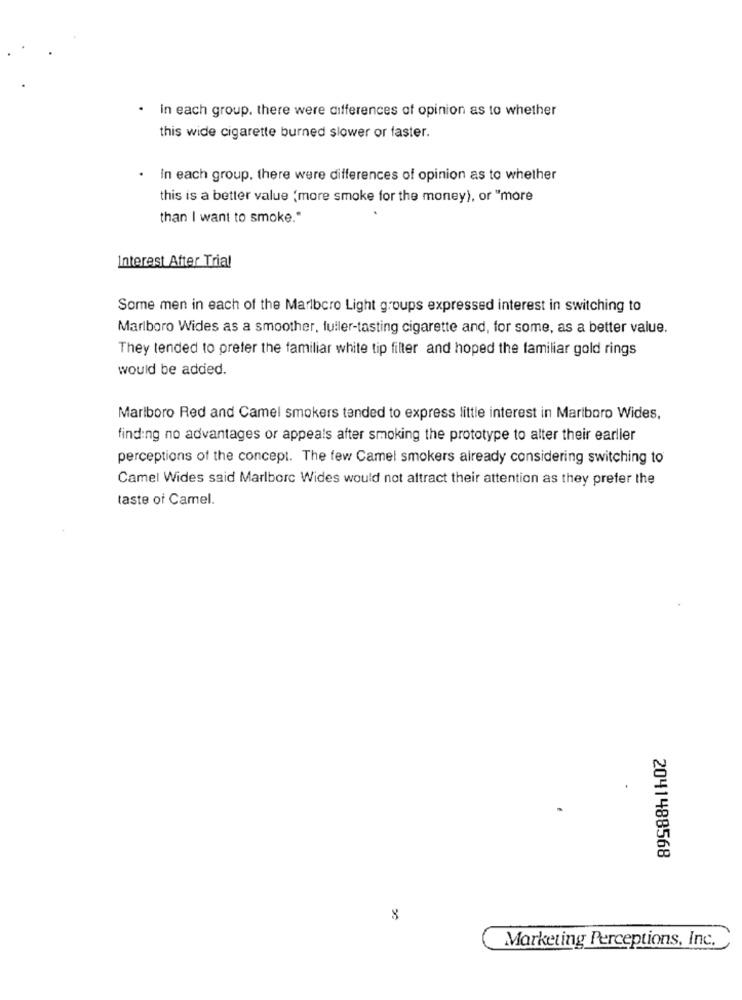
· in each group. there were differences of opinion as to whether
this wide cigarette burned slower or faster.
In each group. there were differences of opinion as to whether
this is a better value (more smoke for the money), or "more
than I want to smoke."
Interest After Trial
Some men in each of the Marlboro Light groups expressed interest in switching to
Marlboro Wides as a smoother, fuller-tasting cigarette and, for some, as a better value.
They tended to preter the familiar white tip filter and hoped the familiar gold rings
would be added.
Marlboro Red and Camel smokers tended to express little interest in Marlboro Wides,
finding no advantages or appeals after smoking the prototype to alter their earlier
perceptions of the concept. The few Camel smokers already considering switching to
Camel Wides said Marlborc Wides would not attract their attention as they prefer the
taste of Camel.
2041488568
Marketing Perceptions, Inc.